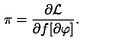
\pi = \frac { \partial { \cal L } } { \partial f [ \partial \varphi ] } .